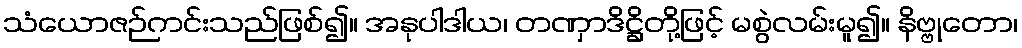
သံယောဇဉ်ကင်းသည်ဖြစ်၍။ အနုပါဒါယ၊ တဏှာဒိဋ္ဌိတို့ဖြင့် မစွဲလမ်းမူ၍။ နိဗ္ဗုတော၊